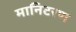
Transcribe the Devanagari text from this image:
मानिटरण